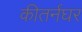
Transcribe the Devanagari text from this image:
कीतर्नघर